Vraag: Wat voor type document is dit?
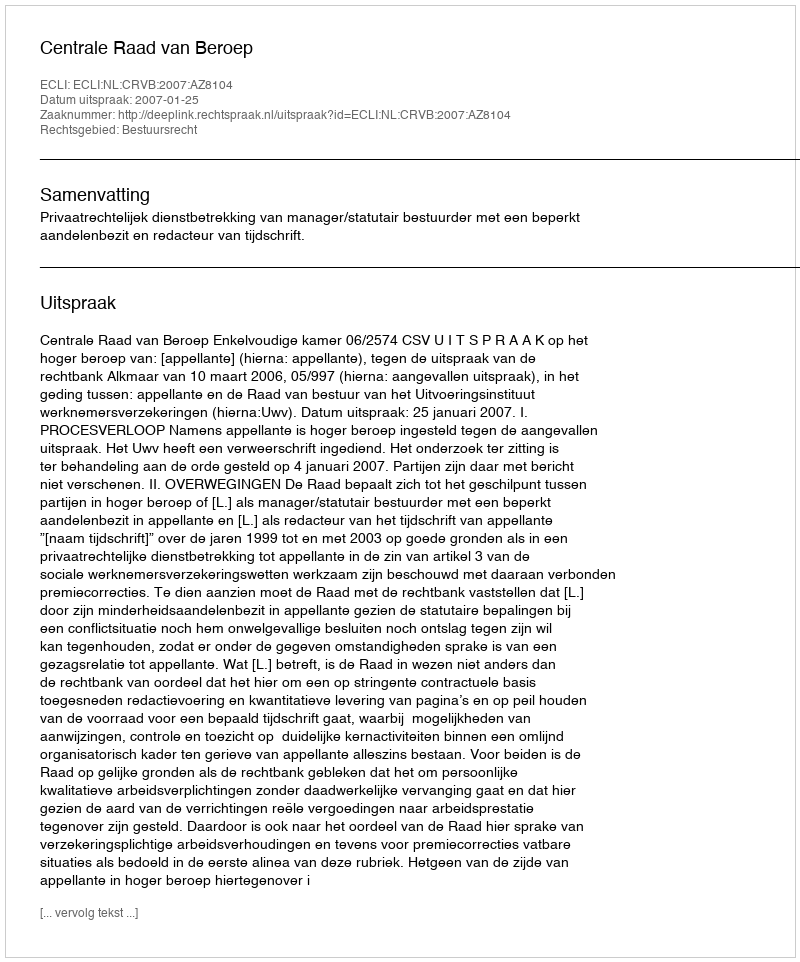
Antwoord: Uitspraak